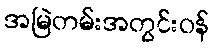
အမြဲတမ်းအတွင်းဝန်